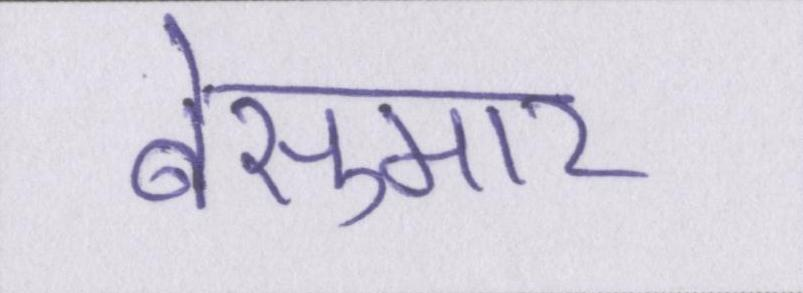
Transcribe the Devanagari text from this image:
बेसुमार